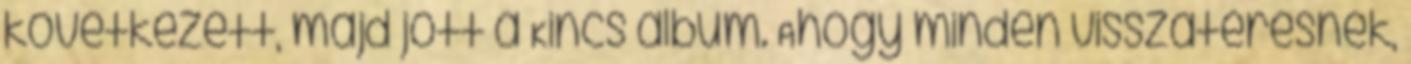
következett, majd jött a Kincs album. Ahogy minden visszatérésnek,